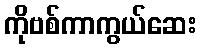
ကိုဗစ်ကာကွယ်ဆေး